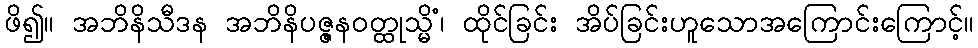
ဖိ၍။ အဘိနိသီဒန အဘိနိပဇ္ဇနဝတ္ထုသ္မိံ၊ ထိုင်ခြင်း အိပ်ခြင်းဟူသောအကြောင်းကြောင့်။